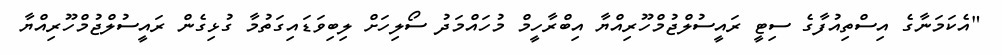
"އެކަމަނާގެ އިސްތިއުފާގެ ސިޓީ ރައީސުލްޖުމްހޫރިއްޔާ އިބްރާހީމް މުހައްމަދު ސޯލިހަށް ލިބިވަޑައިގަތުމާ ގުޅިގެން ރައީސުލްޖުމްހޫރިއްޔާ